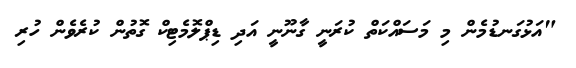
"އަޅުގަނޑުމެން މި މަސައްކަތް ކުރަނީ ގާނޫނީ އަދި ޑިޕްލޮމެޓިކް ގޮތުން ކުރެވެން ހުރި